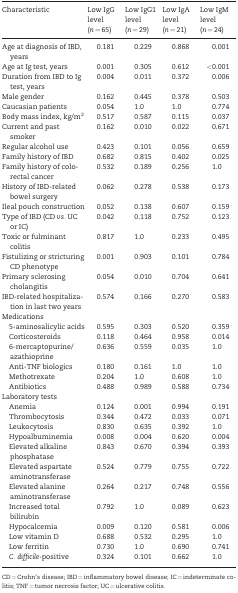
<table><thead><tr><td><b>Characteristic</b></td><td><b>Low IgG level (<i>n</i> = 65)</b></td><td><b>Low IgG1 level (<i>n</i> = 29)</b></td><td><b>Low IgA level (<i>n</i> = 21)</b></td><td><b>Low IgM level (<i>n</i> = 24)</b></td></tr></thead><tbody><tr><td>Age at diagnosis of IBD, years</td><td>0.181</td><td>0.229</td><td>0.868</td><td>0.001</td></tr><tr><td>Age at Ig test, years</td><td>0.001</td><td>0.305</td><td>0.612</td><td>&lt;0.001</td></tr><tr><td>Duration from IBD to Ig test, years</td><td>0.004</td><td>0.011</td><td>0.372</td><td>0.006</td></tr><tr><td>Male gender</td><td>0.162</td><td>0.445</td><td>0.378</td><td>0.503</td></tr><tr><td>Caucasian patients</td><td>0.054</td><td>1.0</td><td>1.0</td><td>0.774</td></tr><tr><td>Body mass index, kg/m<sup>2</sup></td><td>0.517</td><td>0.587</td><td>0.115</td><td>0.037</td></tr><tr><td>Current and past smoker</td><td>0.162</td><td>0.010</td><td>0.022</td><td>0.671</td></tr><tr><td>Regular alcohol use</td><td>0.423</td><td>0.101</td><td>0.056</td><td>0.659</td></tr><tr><td>Family history of IBD</td><td>0.682</td><td>0.815</td><td>0.402</td><td>0.025</td></tr><tr><td>Family history of colorectal cancer</td><td>0.532</td><td>0.189</td><td>0.256</td><td>1.0</td></tr><tr><td>History of IBD-related bowel surgery</td><td>0.062</td><td>0.278</td><td>0.538</td><td>0.173</td></tr><tr><td>Ileal pouch construction</td><td>0.052</td><td>0.138</td><td>0.607</td><td>0.159</td></tr><tr><td>Type of IBD (CD <i>vs.</i> UC or IC)</td><td>0.042</td><td>0.118</td><td>0.752</td><td>0.123</td></tr><tr><td>Toxic or fulminant colitis</td><td>0.817</td><td>1.0</td><td>0.233</td><td>0.495</td></tr><tr><td>Fistulizing or stricturing CD phenotype</td><td>0.001</td><td>0.903</td><td>0.101</td><td>0.784</td></tr><tr><td>Primary sclerosing cholangitis</td><td>0.054</td><td>0.010</td><td>0.704</td><td>0.641</td></tr><tr><td>IBD-related hospitalization in last two years</td><td>0.574</td><td>0.166</td><td>0.270</td><td>0.583</td></tr><tr><td colspan="5">Medications</td></tr><tr><td> 5-aminosalicylic acids</td><td>0.595</td><td>0.303</td><td>0.520</td><td>0.359</td></tr><tr><td> Corticosteroids</td><td>0.118</td><td>0.464</td><td>0.958</td><td>0.014</td></tr><tr><td> 6-mercaptopurine/azathioprine</td><td>0.636</td><td>0.559</td><td>0.035</td><td>1.0</td></tr><tr><td> Anti-TNF biologics</td><td>0.180</td><td>0.161</td><td>1.0</td><td>1.0</td></tr><tr><td> Methotrexate</td><td>0.204</td><td>1.0</td><td>0.608</td><td>1.0</td></tr><tr><td> Antibiotics</td><td>0.488</td><td>0.989</td><td>0.588</td><td>0.734</td></tr><tr><td colspan="5">Laboratory tests</td></tr><tr><td> Anemia</td><td>0.124</td><td>0.001</td><td>0.994</td><td>0.191</td></tr><tr><td> Thrombocytosis</td><td>0.344</td><td>0.472</td><td>0.033</td><td>0.071</td></tr><tr><td> Leukocytosis</td><td>0.830</td><td>0.635</td><td>0.392</td><td>1.0</td></tr><tr><td> Hypoalbuminemia</td><td>0.008</td><td>0.004</td><td>0.620</td><td>0.004</td></tr><tr><td> Elevated alkaline phosphatase</td><td>0.843</td><td>0.670</td><td>0.394</td><td>0.393</td></tr><tr><td> Elevated aspartate aminotransferase</td><td>0.524</td><td>0.779</td><td>0.755</td><td>0.722</td></tr><tr><td> Elevated alanine aminotransferase</td><td>0.264</td><td>0.217</td><td>0.748</td><td>0.556</td></tr><tr><td> Increased total bilirubin</td><td>0.792</td><td>1.0</td><td>0.089</td><td>0.623</td></tr><tr><td> Hypocalcemia</td><td>0.009</td><td>0.120</td><td>0.581</td><td>0.006</td></tr><tr><td> Low vitamin D</td><td>0.688</td><td>0.532</td><td>0.295</td><td>1.0</td></tr><tr><td> Low ferritin</td><td>0.730</td><td>1.0</td><td>0.690</td><td>0.741</td></tr><tr><td> <i>C. difficile-</i>positive</td><td>0.324</td><td>0.101</td><td>0.662</td><td>1.0</td></tr></tbody></table>